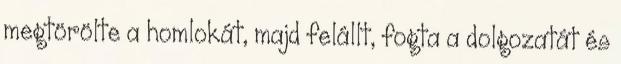
megtörölte a homlokát, majd felállt, fogta a dolgozatát és